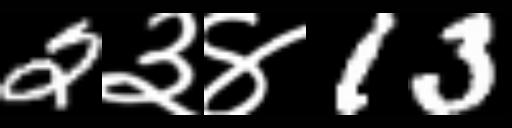
Text: 2३४13